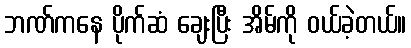
ဘဏ်ကနေ ပိုက်ဆံ ချေးပြီး အိမ်ကို ဝယ်ခဲ့တယ်။